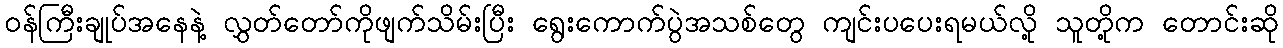
ဝန်ကြီးချုပ်အနေနဲ့ လွှတ်တော်ကိုဖျက်သိမ်းပြီး ရွေးကောက်ပွဲအသစ်တွေ ကျင်းပပေးရမယ်လို့ သူတို့က တောင်းဆို